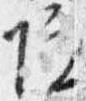
院